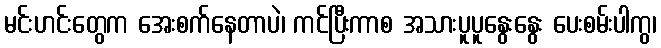
မင်းဟင်းတွေက အေးစက်နေတာပဲ၊ ကင်ပြီးကာစ အသားပူပူနွေးနွေး ပေးစမ်းပါကွ၊